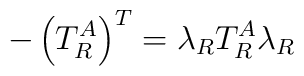
-\left( T_R^A \right)^T=\lambda_R T_R^A \lambda_R